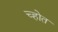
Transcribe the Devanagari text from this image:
च्होत